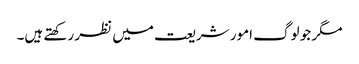
مگر جو لوگ امور شریعت میں نظر رکھتے ہیں۔